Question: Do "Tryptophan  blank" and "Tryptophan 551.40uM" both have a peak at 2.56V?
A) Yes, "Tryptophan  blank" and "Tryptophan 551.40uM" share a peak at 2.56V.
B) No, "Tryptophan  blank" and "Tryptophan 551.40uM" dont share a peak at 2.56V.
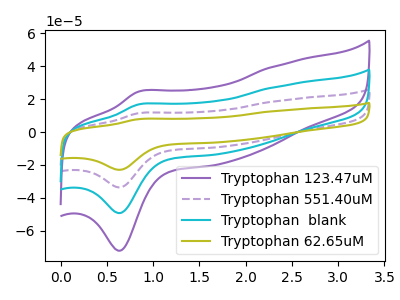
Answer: <think>The purple curve "Tryptophan 123.47uM" has an anodic peak at (0.85V, 24.45uA) and a cathodic peak at (0.65V, -72.15uA). The purple dashed curve "Tryptophan 551.40uM" has an anodic peak at (0.85V, 33.40uA) and a cathodic peak at (0.65V, -98.55uA). The cyan curve "Tryptophan  blank" has an anodic peak at (0.85V, 16.70uA) and a cathodic peak at (0.65V, -49.25uA). The olive curve "Tryptophan 62.65uM" has an anodic peak at (0.85V, 50.10uA) and a cathodic peak at (0.65V, -147.80uA).</think>
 <answer>B) No, "Tryptophan  blank" and "Tryptophan 551.40uM" dont share a peak at 2.56V.</answer>
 <eval>B</eval>